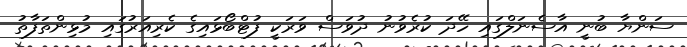
ސަންޔާ ބުނީ އާސެނަލްގައި ހޭދަ ކުރެވުނު ދުވަސް ވަރަކީ ފުޓްބޯޅައިގެ ކެރިއަރުގައި މުޅިންތަފާތު